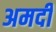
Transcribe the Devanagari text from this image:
अमदी